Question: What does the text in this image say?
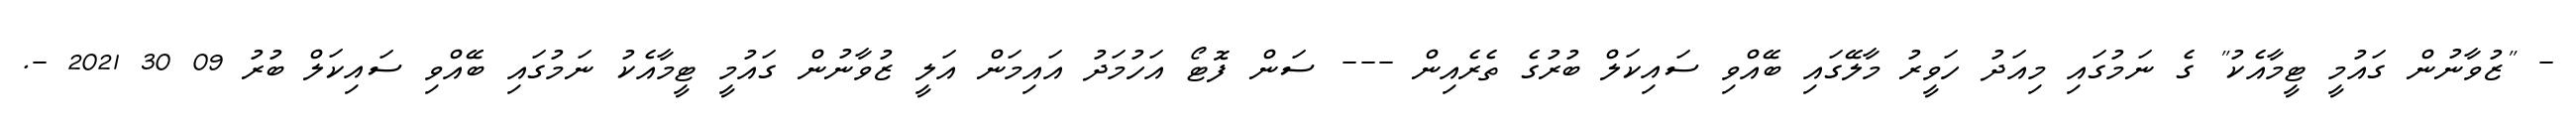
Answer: - "ޒުވާނުން ގައުމީ ޓީމާއެކު" ގެ ނަމުގައި މިއަދު ހަވީރު މާލޭގައި ބޭއްވި ސައިކަލް ބުރުގެ ތެރެއިން --- ސަން ފޮޓޯ އަހުމަދު އައިމަން އަލީ ޒުވާނުން ގައުމީ ޓީމާއެކު ނަމުގައި ބޭއްވި ސައިކަލް ބުރު 09 30 2021 -.